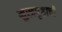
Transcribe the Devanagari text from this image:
मुखपृष्ठाची